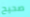
صحيح